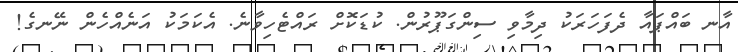
އާނ ބައްޕައާ ދެފަހަރަކު ދިމާވި ސިންގަޕޫރުން. ކުޑަކޮށް ރައްޓެހިވާނެ. އެކަމަކު އަނެއްހެން ނޭނގެ!